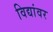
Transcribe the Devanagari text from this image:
विद्यांवर